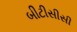
બીટીસીસી